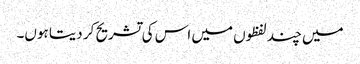
میں چند لفظوں میں اس کی تشریح کر دیتا ہوں۔